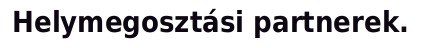
Helymegosztási partnerek.